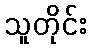
သူတိုင်း